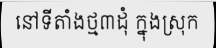
នៅទីតាំងថ្ម៣ដុំ ក្នុងស្រុក